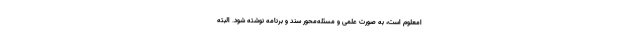
امعلوم است، به صورت علمی و مسئله‌محور سند و برنامه نوشته شود. البته